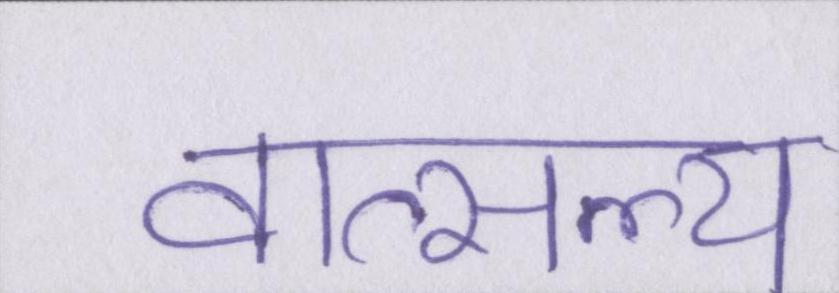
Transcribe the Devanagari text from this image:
वात्सल्य